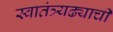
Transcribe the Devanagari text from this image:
स्वातंत्र्यढ्याची